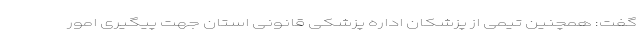
گفت: همچنین تیمی از پزشکان اداره پزشکی قانونی استان جهت پیگیری امور